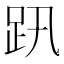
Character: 𧿅